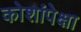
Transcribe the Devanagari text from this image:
कोशांपेक्षा